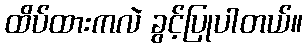
ထိပ်ထားကလဲ ခွင့်ပြုပါတယ်။